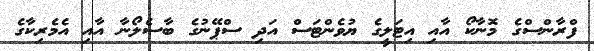
ފްރާންސްގެ މޮނާކޯ އާއި އިޓަލީގެ ޔުވެންޓަސް އަދި ސްޕޭނުގެ ބާސެލޯނާ އާއި އެމެރިކާގެ